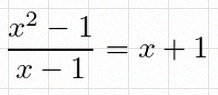
\frac{x^2-1}{x-1}=x+1